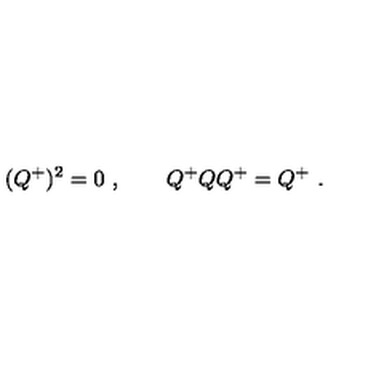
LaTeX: ( Q ^ { + } ) ^ { 2 } = 0 \ , \qquad Q ^ { + } Q Q ^ { + } = Q ^ { + } \ .